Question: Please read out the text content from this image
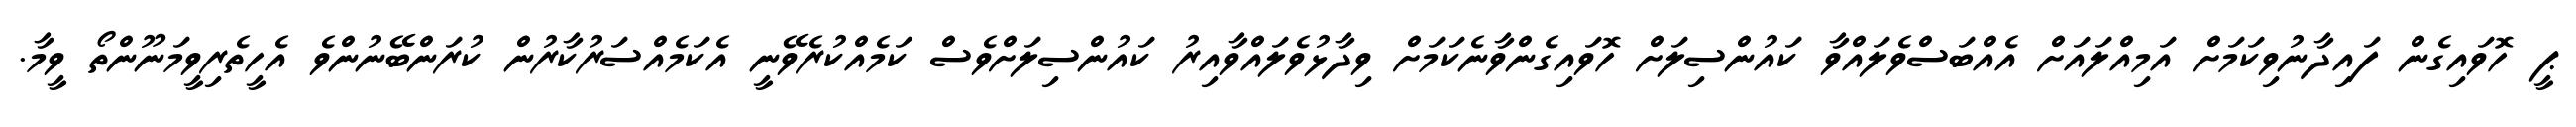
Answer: ޕީ ހޮވައިގެން ފައިދާނުވިކަމަށް އަމިއްލައަށް އެއްބަސްވެލައްވާ ކައުންސިލަށް ހޮވައިގެންވާނެކަމަށް ވިދާޅުވެލައްވާއިރު ކައުންސިލަށްވެސް ކަމެއްކުރެވޭނީ އެކަމެއްސަރުކާރުން ކުރަންބޭނުންވެ އެހީތެރިވީމަނޫންތޯ ވީމާ.